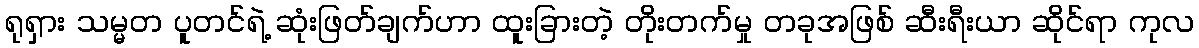
ရုရှား သမ္မတ ပူတင်ရဲ့ ဆုံးဖြတ်ချက်ဟာ ထူးခြားတဲ့ တိုးတက်မှု တခုအဖြစ် ဆီးရီးယာ ဆိုင်ရာ ကုလ